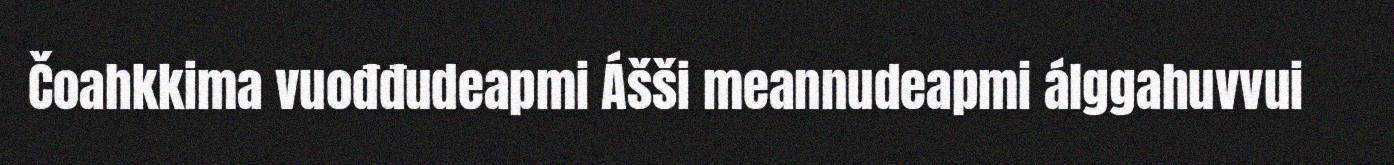
Čoahkkima vuođđudeapmi Ášši meannudeapmi álggahuvvui